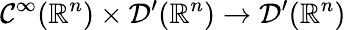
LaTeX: \mathcal{C}^{\infty}(\mathbb{{R}}^{n})\times{\mathcal{{D}}}^{\prime}(\mathbb{{R}}^{n})\to{\mathcal{{D}}}^{\prime}(\mathbb{{R}}^{n})